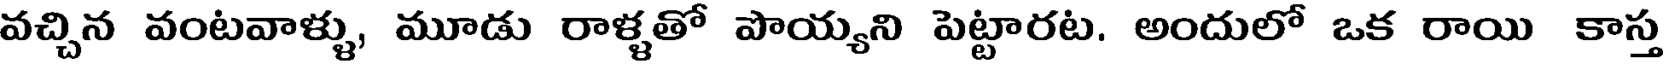
వచ్చిన వంటవాళ్ళు, మూడు రాళ్ళతో పొయ్యని పెట్టారట. అందులో ఒక రాయి కాస్త